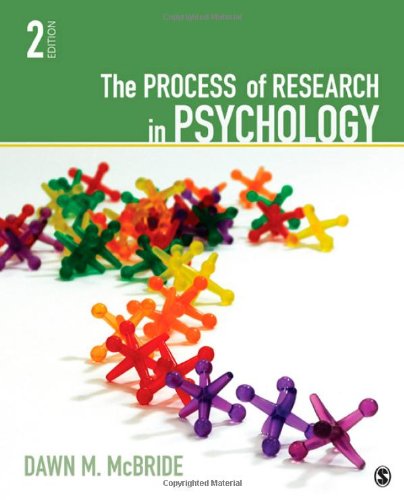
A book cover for The Process of Research in Psychology; Dawn M. McBride; Medical Books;